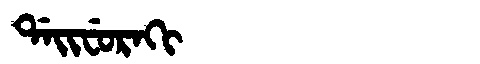
Manchu: ᡩᠠᡳᠸᡠᡵᠠᡴᡳ
Romanization: DAIFURAKI